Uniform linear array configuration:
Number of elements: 12
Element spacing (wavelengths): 0.75
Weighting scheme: blackman
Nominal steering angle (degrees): -60
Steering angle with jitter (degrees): -61.845
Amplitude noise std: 0.05
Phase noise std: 0.05

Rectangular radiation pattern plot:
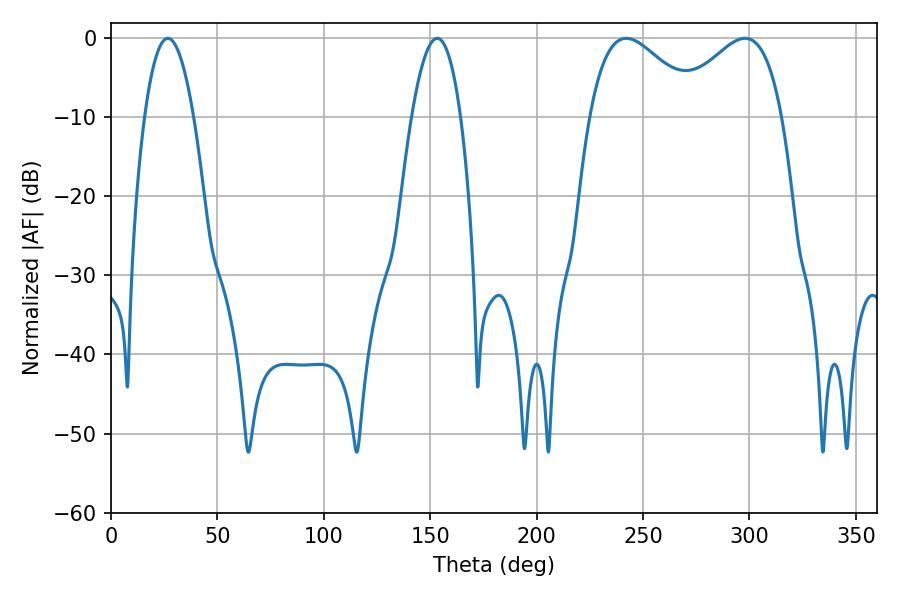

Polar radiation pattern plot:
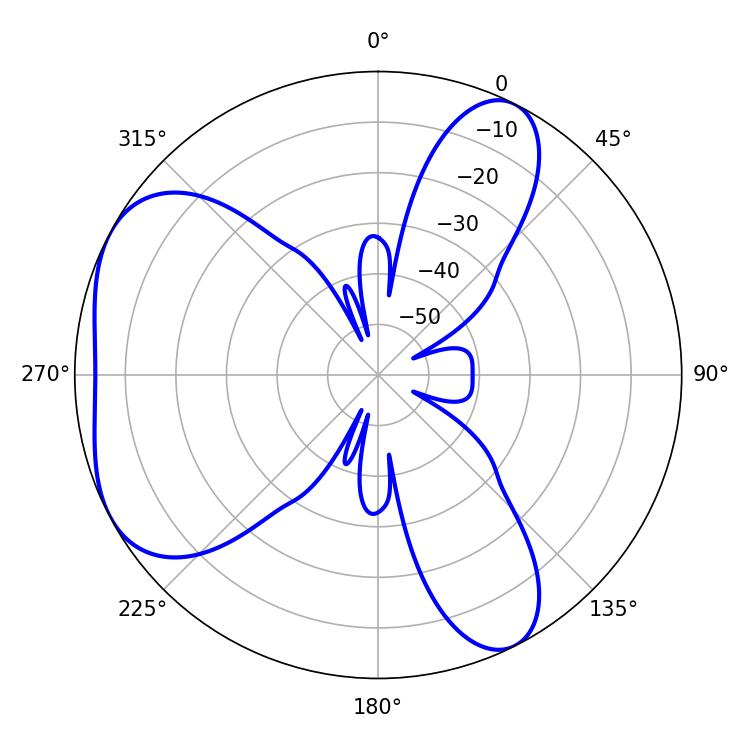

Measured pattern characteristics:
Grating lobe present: TRUE
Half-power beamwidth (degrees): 28.08
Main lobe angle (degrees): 242.1